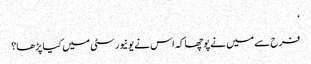
‘
فرح سے میں نے پوچھا کہ اس نے یونیورسٹی میں کیا پڑھا؟